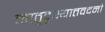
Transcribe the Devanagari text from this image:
मातृदृश्यात्तवदनो